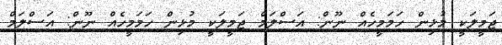
ޖަމީލަކީ މުޅިން ހަމަމީހެއް ނޫން: އަސްލަމް ޖަމީލަކީ މުޅިން ހަމަމީހެއް ނޫން: އަސްލަމް